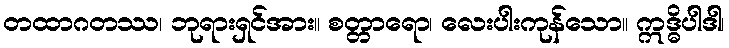
တထာဂတဿ၊ ဘုရားရှင်အား။ စတ္တာရော၊ လေးပါးကုန်သော။ ဣဒ္ဓိပါဒါ၊